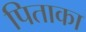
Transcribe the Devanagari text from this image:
पिताका